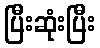
ပြီးဆုံးပြီး